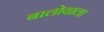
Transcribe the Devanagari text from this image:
बालोवाला